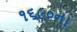
૧૬૯૦ના